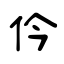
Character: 仱